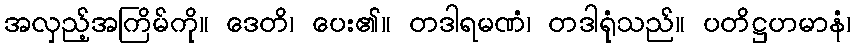
အလှည့်အကြိမ်ကို။ ဒေတိ၊ ပေး၏။ တဒါရမဏံ၊ တဒါရုံသည်။ ပတိဋ္ဌဟမာနံ၊